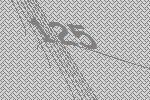
125